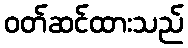
ဝတ်ဆင်ထားသည်